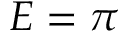
E = \pi